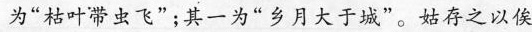
为”枯叶带虫飞”；其一为”乡月大于城”。姑存之以俟